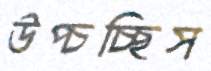
উপ্‌চচ্ছিস